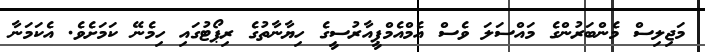
މަޖިލިސް މެންބަރުންގެ މައްސަލަ ވެސް އެމްއެމްޕީއާރުސީގެ ހިޔާނާތުގެ ރިޕޯޓުގައި ހިމެނޭ ކަމަށެވެ. އެކަމަނާ